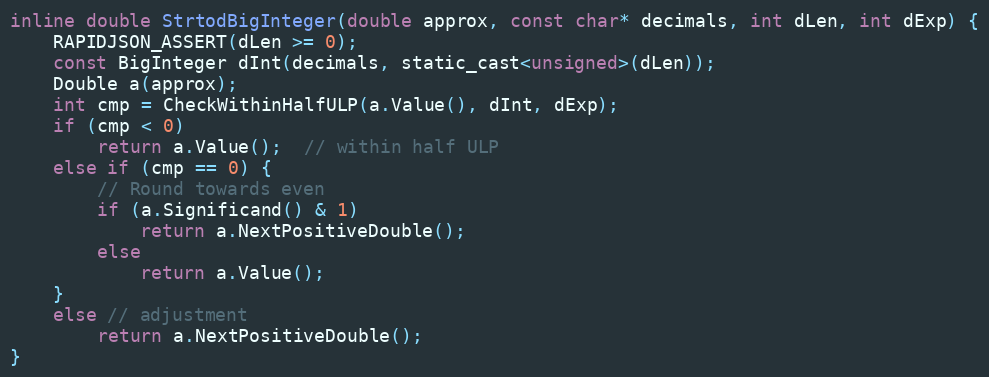
Language: C
inline double StrtodBigInteger(double approx, const char* decimals, int dLen, int dExp) {
    RAPIDJSON_ASSERT(dLen >= 0);
    const BigInteger dInt(decimals, static_cast<unsigned>(dLen));
    Double a(approx);
    int cmp = CheckWithinHalfULP(a.Value(), dInt, dExp);
    if (cmp < 0)
        return a.Value();  // within half ULP
    else if (cmp == 0) {
        // Round towards even
        if (a.Significand() & 1)
            return a.NextPositiveDouble();
        else
            return a.Value();
    }
    else // adjustment
        return a.NextPositiveDouble();
}